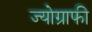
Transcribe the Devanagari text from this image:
ज्योग्राफी